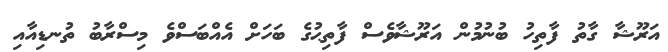
އަރޫޝާ ގާތު ފާތިހު ބުނުމުން އަރޫޝާވެސް ފާތިޙުގެ ބަހަށް އެއްބަސްވެ މިސްރާބު ތުނޑިއާއި